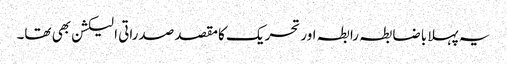
یہ پہلا باضابطہ رابطہ اور تحریک کامقصد صدراتی الیکشن بھی تھا۔